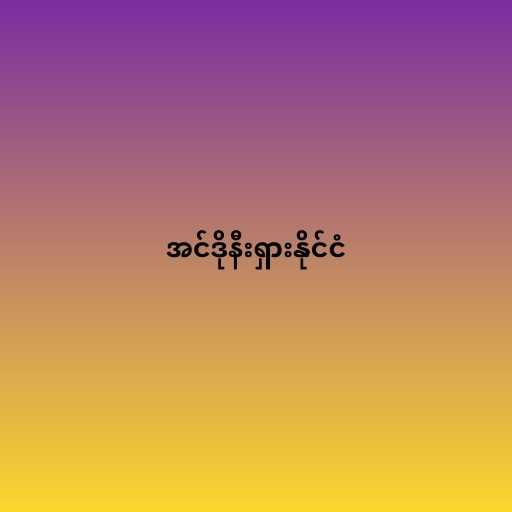
အင်ဒိုနီးရှားနိုင်ငံ